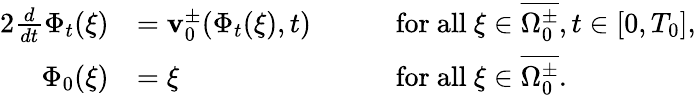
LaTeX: \begin{array}{rlrl}{{2}\frac{d}{dt}\Phi_{t}(\xi)}&{=\mathbf{v}_{0}^{\pm}(\Phi_{t}(\xi),t)}&{\quad}&{\mathrm{for~all~}\xi\in\overline{{\Omega_{0}^{\pm}}},t\in[0,T_{0}],}\\ {\Phi_{0}(\xi)}&{=\xi}&{\quad}&{\mathrm{for~all~}\xi\in\overline{{\Omega_{0}^{\pm}}}.}\end{array}